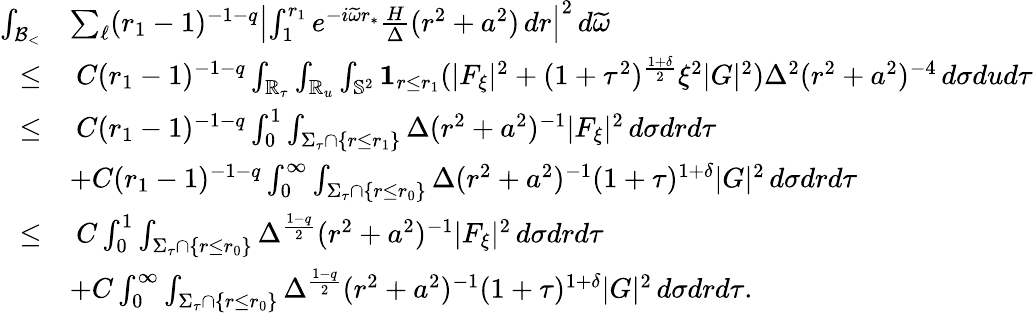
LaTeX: \begin{array}{rl}{\int_{{\mathcal{B}_{<}}}}&{\sum_{\ell}(r_{1}-1)^{-1-q}\left|\int_{1}^{r_{1}}e^{-i\widetilde{\omega}r_{*}}\frac{H}{\Delta}(r^{2}+a^{2})\, dr\right|^{2}\, d\widetilde{\omega}}\\ {\leq}&{\: C(r_{1}-1)^{-1-q}\int_{\mathbb{R}_{\tau}}\int_{\mathbb{R}_{u}}\int_{\mathbb{S}^{2}}\mathbf{1}_{r\leq r_{1}}(|F_{\xi}|^{2}+(1+\tau^{2})^{\frac{1+\delta}{2}}\xi^{2}|G|^{2})\Delta^{2}(r^{2}+a^{2})^{-4}\, d\sigma dud\tau}\\ {\leq}&{\: C(r_{1}-1)^{-1-q}\int_{0}^{1}\int_{\Sigma_{\tau}\cap\{ r\leq r_{1}\} }\Delta(r^{2}+a^{2})^{-1}|F_{\xi}|^{2}\, d\sigma drd\tau}\\ &{+C(r_{1}-1)^{-1-q}\int_{0}^{\infty}\int_{\Sigma_{\tau}\cap\{ r\leq r_{0}\} }\Delta(r^{2}+a^{2})^{-1}(1+\tau)^{1+\delta}|G|^{2}\, d\sigma drd\tau}\\ {\leq}&{\: C\int_{0}^{1}\int_{\Sigma_{\tau}\cap\{ r\leq r_{0}\} }\Delta^{\frac{1-q}{2}}(r^{2}+a^{2})^{-1}|F_{\xi}|^{2}\, d\sigma drd\tau}\\ &{+C\int_{0}^{\infty}\int_{\Sigma_{\tau}\cap\{ r\leq r_{0}\} }\Delta^{\frac{1-q}{2}}(r^{2}+a^{2})^{-1}(1+\tau)^{1+\delta}|G|^{2}\, d\sigma drd\tau.}\end{array}